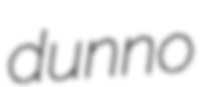
dunno